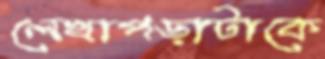
লেখাপড়াটাকে